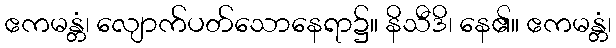
ဧကမန္တံ၊ လျောက်ပတ်သောနေရာ၌။ နိသီဒိ၊ နေ၏။ ဧကမန္တံ၊